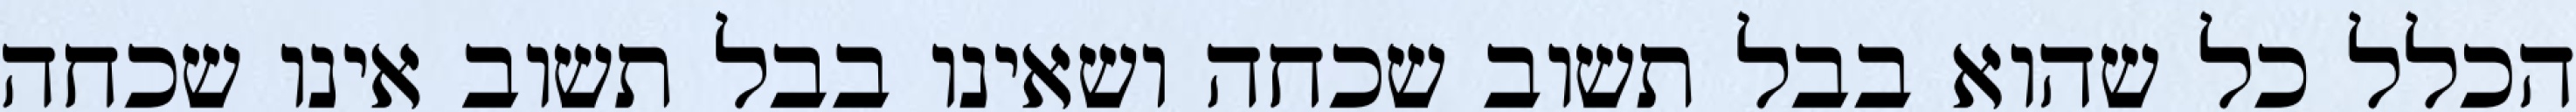
הכלל כל שהוא בבל תשוב שכחה ושאינו בבל תשוב אינו שכחה